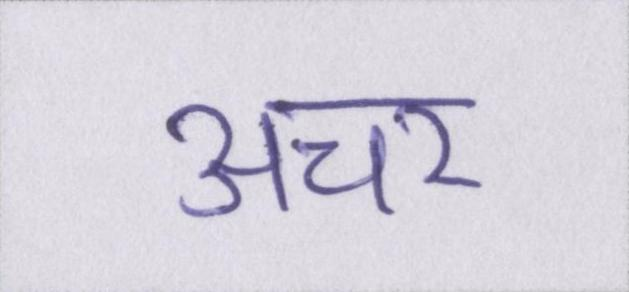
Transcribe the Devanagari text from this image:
अचर